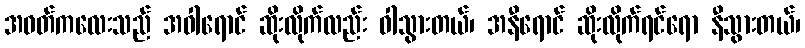
အဝတ်ကလေးသည် အဝါရောင် ဆိုးလိုက်လည်း ဝါသွားတယ်၊ အနီရောင် ဆိုးလိုက်ရင်ရော နီသွားတယ်၊